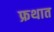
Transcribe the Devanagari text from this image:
फ्रथात